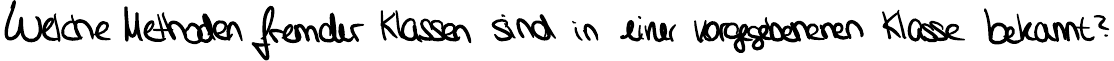
Welche Methoden fremder Klassen sind in einer vorgegebenen Klasse bekannt?